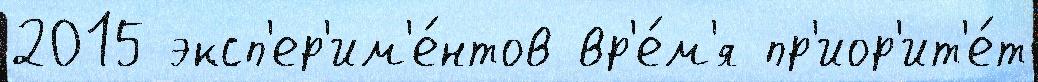
2015 эксп'ер'им'е́нтов вр'е́м'я пр'иор'ит'е́т